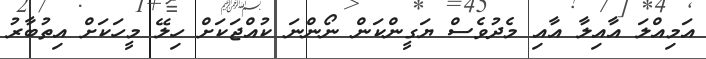
އަމިއްލަ އާއިލާ އާއި މެދުވެސް ޔަގީންކަން ނޯންނަ ކުއްޖަކަށް ހިލޭ މީހަކަށް އިތުބާރު